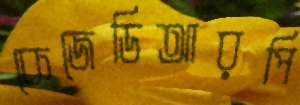
কেজেডিআরপি